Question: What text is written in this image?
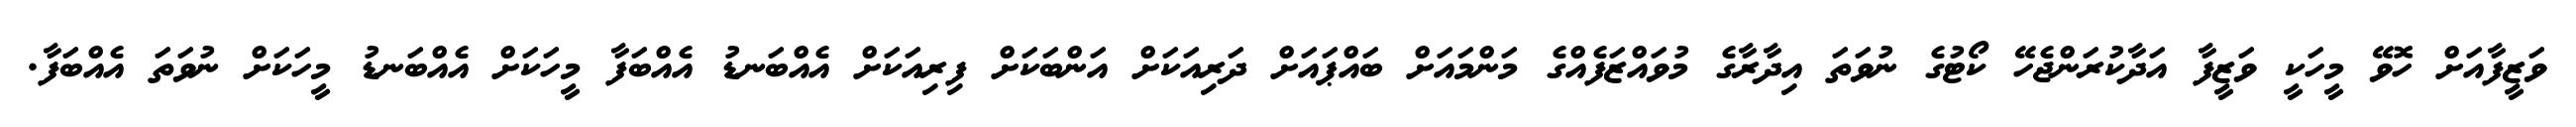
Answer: ވަޒީފާއަށް ހޮވޭ މީހަކީ ވަޒީފާ އަދާކުރަންޖެހޭ ކޯޓުގެ ނުވަތަ އިދާރާގެ މުވައްޒަފެއްގެ މަންމައަށް ބައްޕައަށް ދަރިއަކަށް އަންބަކަށް ފިރިއަކަށް އެއްބަނޑު އެއްބަފާ މީހަކަށް އެއްބަނޑު މީހަކަށް ނުވަތަ އެއްބަފާ.